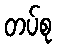
တပ်စု